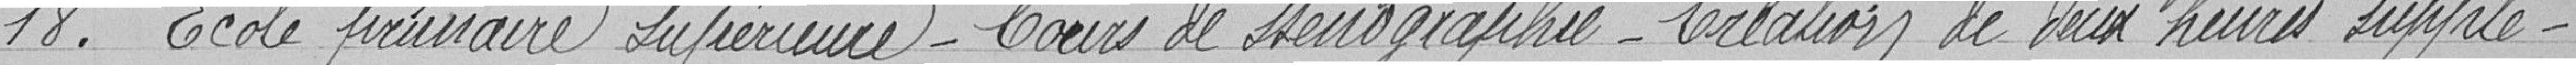
18. - Ecole primaire supérieure - Cours de sténographie - Création de deux heures supplé-